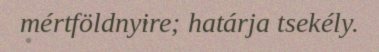
mértföldnyire; határja tsekély.